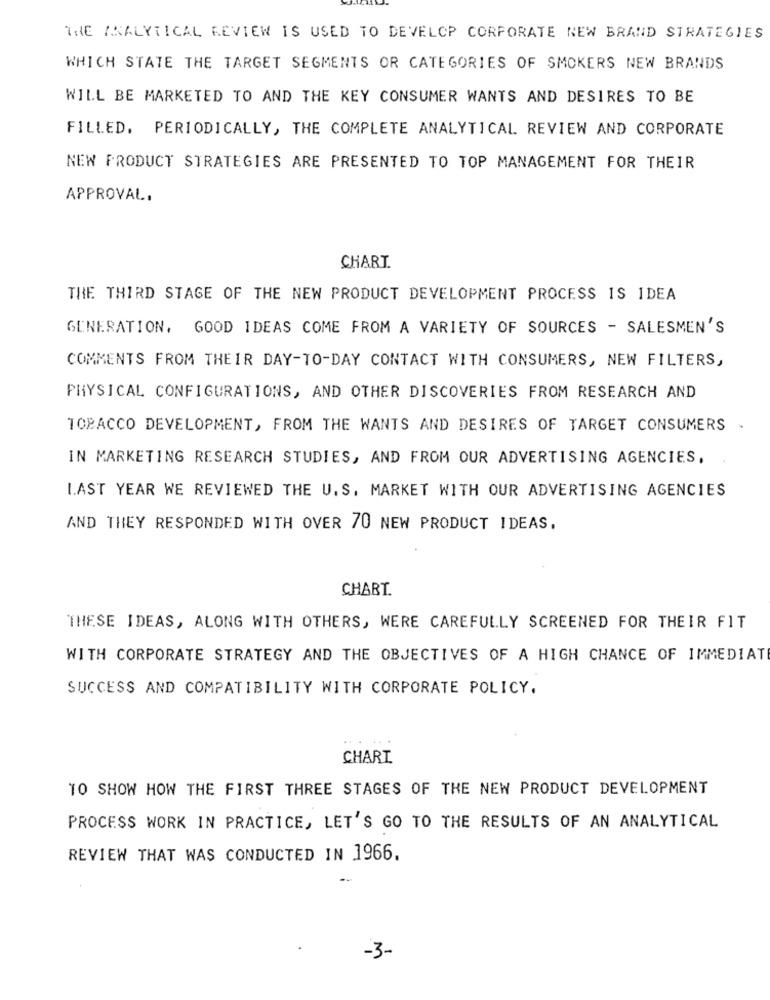
THE ANALYTICAL REVIEW IS USED TO DEVELOP CORPORATE NEW BRAND STRATEGIES
WHICH STATE THE TARGET SEGMENTS OR CATEGORIES OF SMOKERS NEW BRANDS
WILL BE MARKETED TO AND THE KEY CONSUMER WANTS AND DESIRES TO BE
FILLED. PERIODICALLY, THE COMPLETE ANALYTICAL REVIEW AND CORPORATE
NEW PRODUCT STRATEGIES ARE PRESENTED TO TOP MANAGEMENT FOR THEIR
APPROVAL.
CHART.
THE THIRD STAGE OF THE NEW PRODUCT DEVELOPMENT PROCESS IS IDEA
GENERATION, GOOD IDEAS COME FROM A VARIETY OF SOURCES - SALESMEN'S
COMMENTS FROM THEIR DAY-TO-DAY CONTACT WITH CONSUMERS, NEW FILTERS,
PHYSICAL CONFIGURATIONS, AND OTHER DISCOVERIES FROM RESEARCH AND
TOBACCO DEVELOPMENT, FROM THE WANTS AND DESIRES OF TARGET CONSUMERS
IN MARKETING RESEARCH STUDIES, AND FROM OUR ADVERTISING AGENCIES,
LAST YEAR WE REVIEWED THE U. S. MARKET WITH OUR ADVERTISING AGENCIES
AND THEY RESPONDED WITH OVER 70 NEW PRODUCT IDEAS,
CHART.
THESE IDEAS, ALONG WITH OTHERS, WERE CAREFULLY SCREENED FOR THEIR FIT
WITH CORPORATE STRATEGY AND THE OBJECTIVES OF A HIGH CHANCE OF IMMEDIATE
SUCCESS AND COMPATIBILITY WITH CORPORATE POLICY.
CHART
TO SHOW HOW THE FIRST THREE STAGES OF THE NEW PRODUCT DEVELOPMENT
PROCESS WORK IN PRACTICE, LET'S GO TO THE RESULTS OF AN ANALYTICAL
REVIEW THAT WAS CONDUCTED IN 1966.
-3-